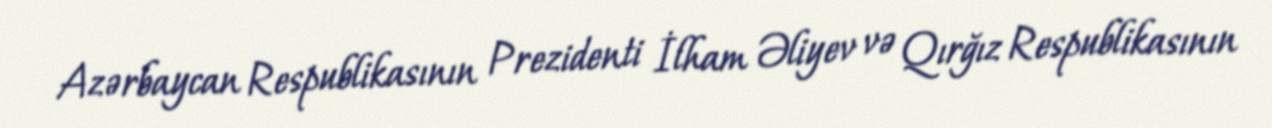
Azərbaycan Respublikasının Prezidenti İlham Əliyev və Qırğız Respublikasının